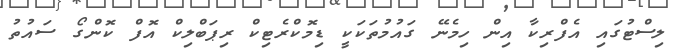
ލިސްޓުގައި އެފްރިކާ އިން ހިމެނޭ ގައުމުތަކަކީ ޑިމޮކްރެޓިކް ރިޕަބްލިކް އޮފް ކޮންގޯ ސައުތު